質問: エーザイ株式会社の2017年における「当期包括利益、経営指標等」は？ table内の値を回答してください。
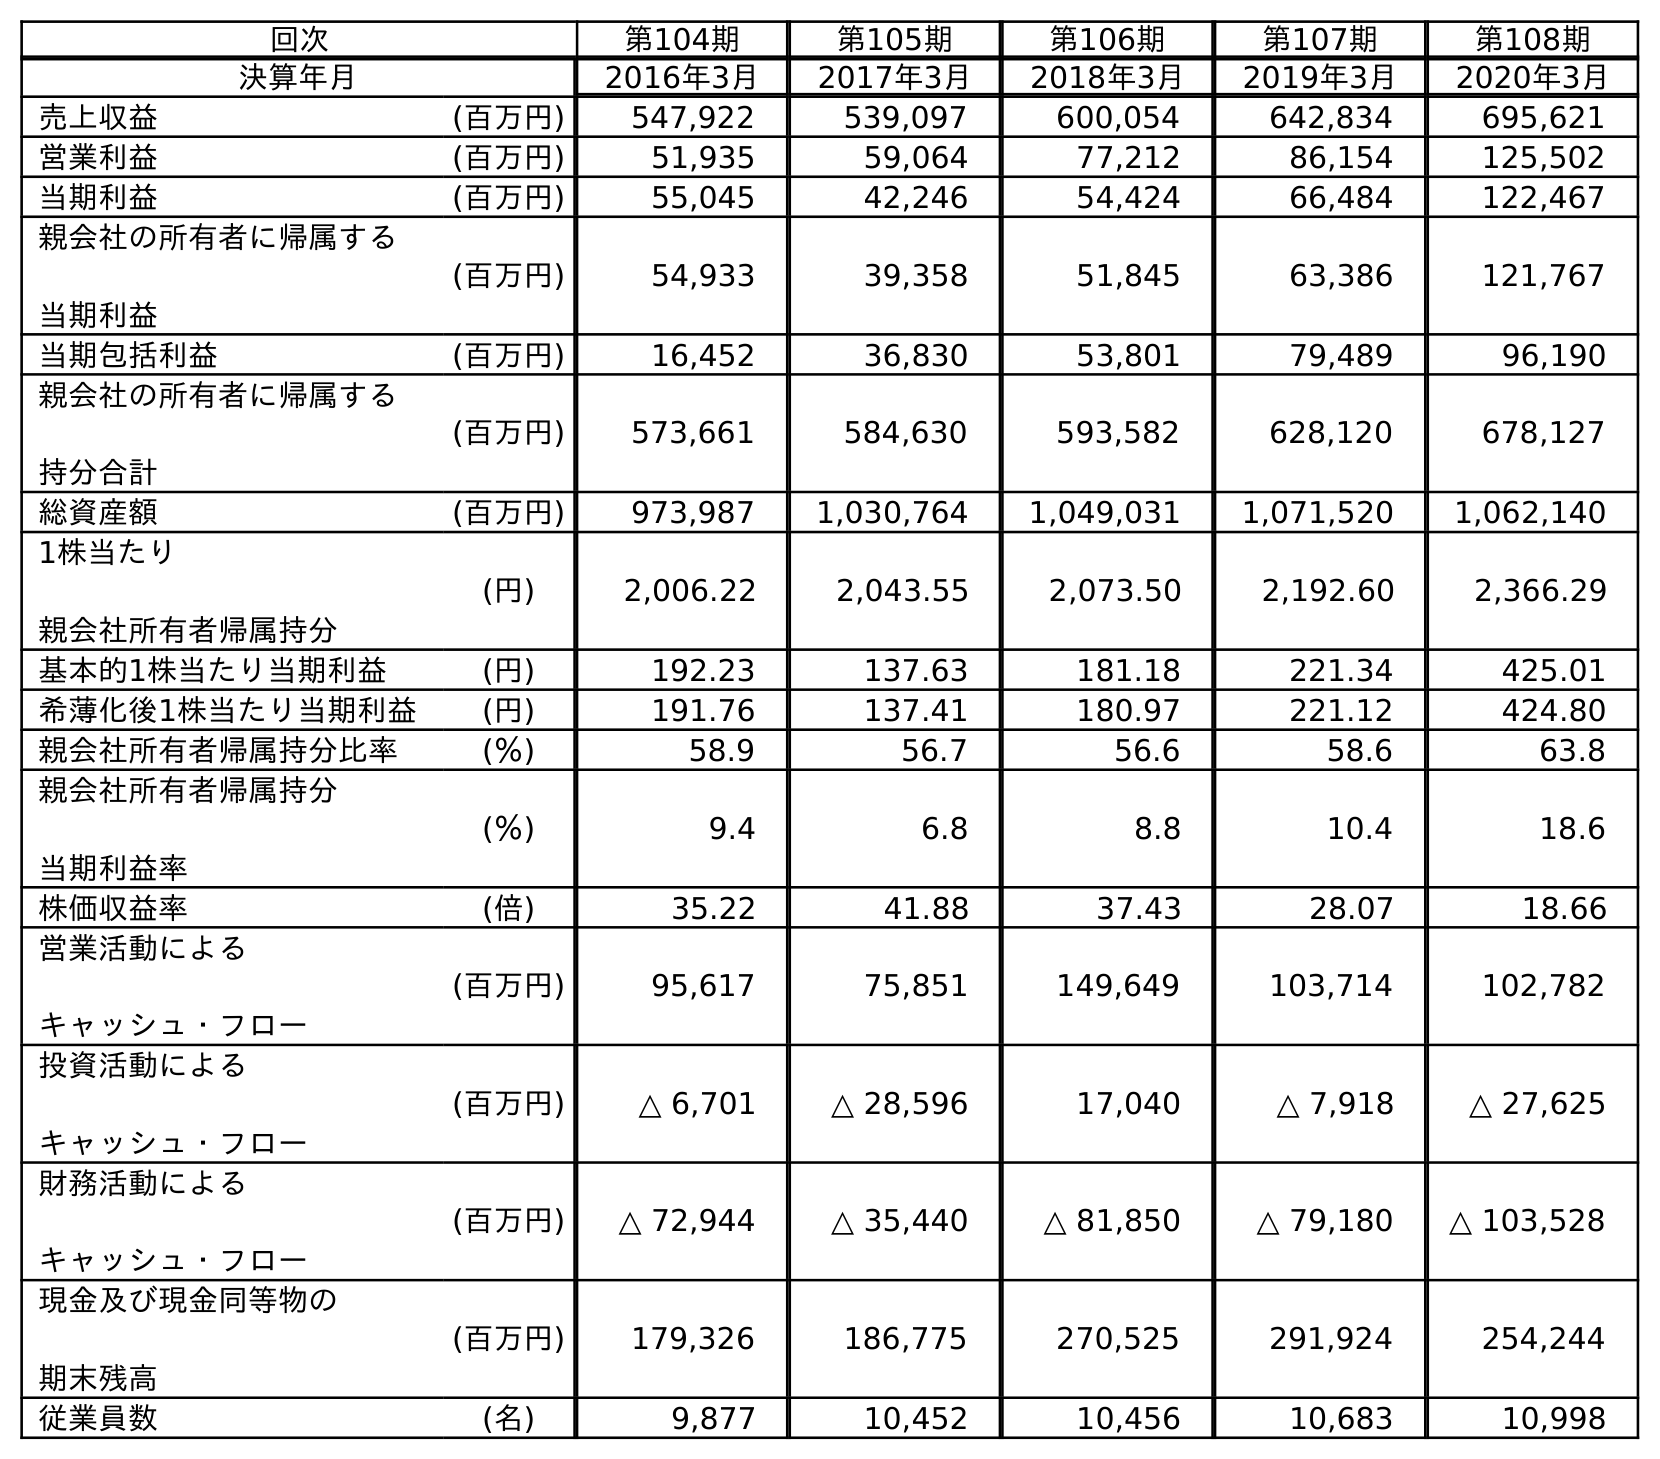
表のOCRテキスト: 回次 第104期 第105期 第106期 第107期 第108期 決算年月 2016年3月 2017年3月 2018年3月 2019年3月 2020年3月 売上収益 (百万円) 547,922 539,097 600,054 642,834 695,621 営業利益 (百万円) 51,935 59,064 77,212 86,154 125,502 当期利益 (百万円) 55,045 42,246 54,424 66,484 122,467 親会社の所有者に帰属する 当期利益 (百万円) 54,933 39,358 51,845 63,386 121,767 当期包括利益 (百万円) 16,452 36,830 53,801 79,489 96,190 親会社の所有者に帰属する 持分合計 (百万円) 573,661 584,630 593,582 628,120 678,127 総資産額 (百万円) 973,987 1,030,764 1,049,031 1,071,520 1,062,140 1株当たり 親会社所有者帰属持分 (円) 2,006.22 2,043.55 2,073.50 2,192.60 2,366.29 基本的1株当たり当期利益 (円) 192.23 137.63 181.18 221.34 425.01 希薄化後1株当たり当期利益 (円) 191.76 137.41 180.97 221.12 424.80 親会社所有者帰属持分比率 (％) 58.9 56.7 56.6 58.6 63.8 親会社所有者帰属持分 当期利益率 (％) 9.4 6.8 8.8 10.4 18.6 株価収益率 (倍) 35.22 41.88 37.43 28.07 18.66 営業活動による キャッシュ・フロー (百万円) 95,617 75,851 149,649 103,714 102,782 投資活動による キャッシュ・フロー (百万円) △ 6,701 △ 28,596 17,040 △ 7,918 △ 27,625 財務活動による キャッシュ・フロー (百万円) △ 72,944 △ 35,440 △ 81,850 △ 79,180 △ 103,528 現金及び現金同等物の 期末残高 (百万円) 179,326 186,775 270,525 291,924 254,244 従業員数 (名) 9,877 10,452 10,456 10,683 10,998
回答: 36,830